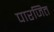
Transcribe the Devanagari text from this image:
पारजित